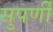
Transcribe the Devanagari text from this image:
सुपर्णी